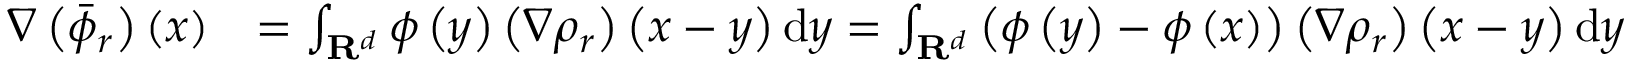
\begin{array} { r l } { \nabla \left( \Bar { \phi } _ { r } \right) ( x ) } & { = \int _ { \mathbf { R } ^ { d } } \phi \left( y \right) \left( \nabla \rho _ { r } \right) \left( x - y \right) \mathrm { d } y = \int _ { \mathbf { R } ^ { d } } \left( \phi \left( y \right) - \phi \left( x \right) \right) \left( \nabla \rho _ { r } \right) \left( x - y \right) \mathrm { d } y } \end{array}